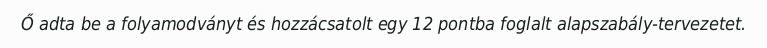
Ő adta be a folyamodványt és hozzácsatolt egy 12 pontba foglalt alapszabály-tervezetet.